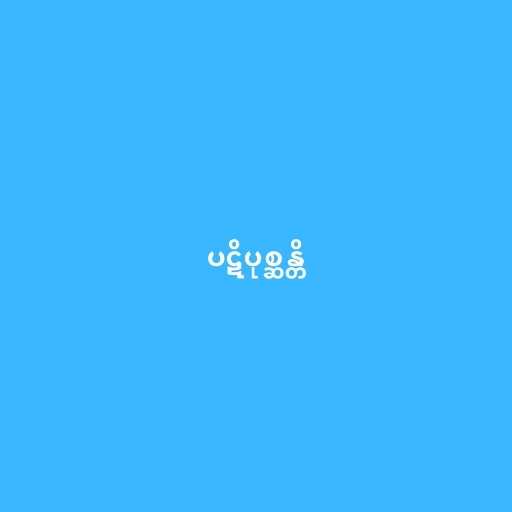
ပဋိပုစ္ဆန္တိ